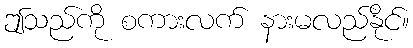
ဤသည်ကို စကားလက် နားမလည်နိုင်။